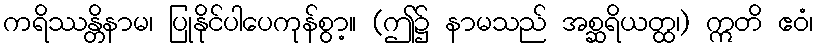
ကရိဿန္တိနာမ၊ ပြုနိုင်ပါပေကုန်စွာ့။ (ဤ၌ နာမသည် အစ္ဆရိယတ္ထ၊) ဣတိ ဧဝံ၊